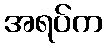
အရပ်က